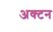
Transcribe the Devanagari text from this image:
अक्टन